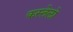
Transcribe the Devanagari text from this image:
कस्तेलो